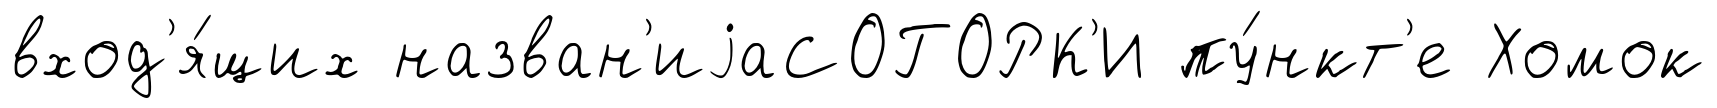
вход'я́щих назван'иjаСОГОРК'И пу́нкт'е Хомок